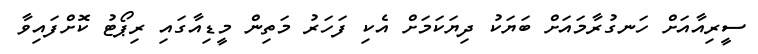
ސީރިއާއަށް ހަނގުރާމައަށް ބަޔަކު ދިޔަކަމަށް އެކި ފަހަރު މަތިން މީޑިއާގައި ރިޕޯޓު ކޮށްފައިވާ